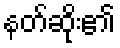
နတ်ဆိုး၏